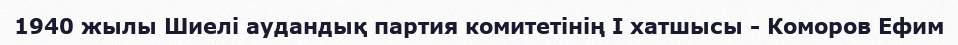
1940 жылы Шиелі аудандық партия комитетінің І хатшысы - Коморов Ефим